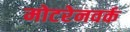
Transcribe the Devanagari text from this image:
मोटरेनवर्क